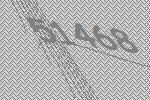
51468